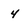
Character: 4